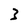
Character: 3